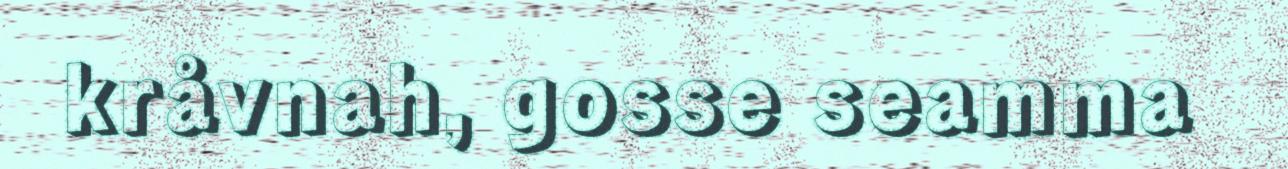
kråvnah, gosse seamma